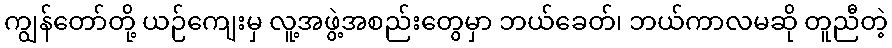
ကျွန်တော်တို့ ယဉ်ကျေးမှ လူ့အဖွဲ့အစည်းတွေမှာ ဘယ်ခေတ်၊ ဘယ်ကာလမဆို တူညီတဲ့